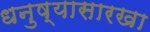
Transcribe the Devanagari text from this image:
धनुष्यासारखा